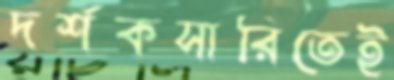
দর্শকসারিতেই